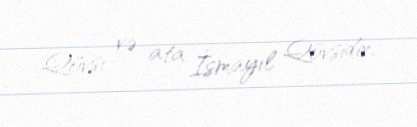
Qövsi və ata İsmayıl Qövsidir.